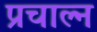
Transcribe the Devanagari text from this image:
प्रचाल्न